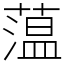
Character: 蕰